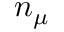
n _ { \ensuremath Ḋ \boldsymbol Ḋ \mu Ḍ Ḍ }